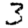
Digit: 3